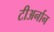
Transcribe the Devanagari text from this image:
टीअर्नान